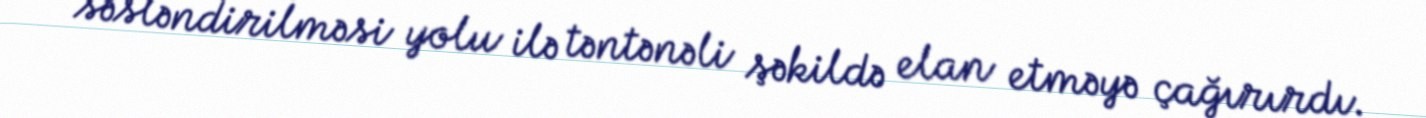
səsləndirilməsi yolu ilə təntənəli şəkildə elan etməyə çağırırdı.